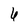
Character: 6